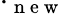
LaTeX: \cdot_{\mathrm{~n~e~w~}}